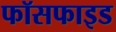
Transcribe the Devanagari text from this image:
फॉसफाइड